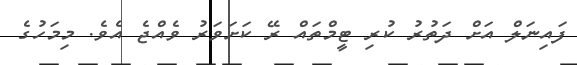
ފައިނަލް އަށް ދަތުރު ކުރި ޓީމްތައް ރޭ ކަށަވަރު ވެއްޖެ އެވެ. މިމަހުގެ